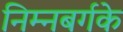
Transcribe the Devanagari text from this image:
निम्नबर्गके